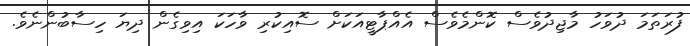
ފުރަތަމަ ދުވަހު މާޖިދުވެސް ކޮންމެވެސް އެއްޕާޓީއަކަށް ސޮއިކުރި ވާހަކަ އިވިގެން ދިޔަ ހިސާބުންނެވެ.